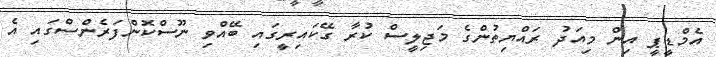
އެމްޑީޕީ އިން މިއަދު ރައްޔިތުންގެ މަޖިލީސް ކުރާ ގޭކައިރީގައި ބޭއްވި ނޫސްކޮންފަރެންސްގައި އެ